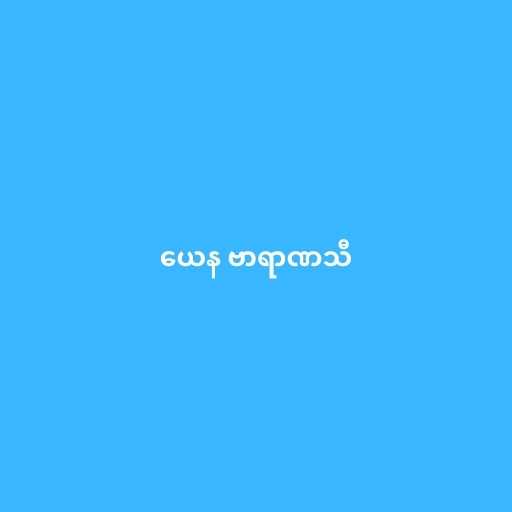
ယေန ဗာရာဏသီ